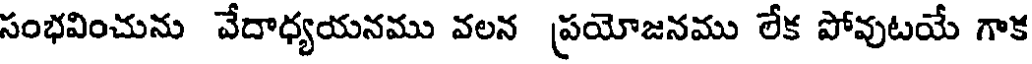
సంభవించును వేదాధ్యయనము వలన ప్రయోజనము లేక పోవుటయే గాక